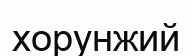
хорунжий